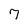
Character: 7